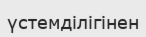
үстемділігінен